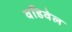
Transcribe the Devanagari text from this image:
वडिवेल